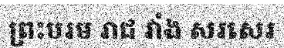
ព្រះបរម រាជ វាំង សរសេរ